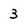
Character: 3